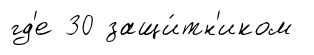
гд'е 30 защи́тн'иком